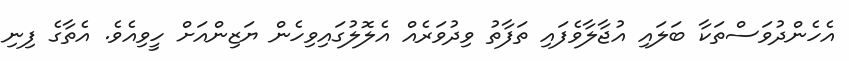
އެހެންދުވަސްތަކާ ބަލައި އުޖާލާވެފައި ތަފާތު ވިދުވަރެއް އެލޮލުގައިވިހެން ޔަޒިންއަށް ހީވިއެވެ. އެތާގެ ފިނި